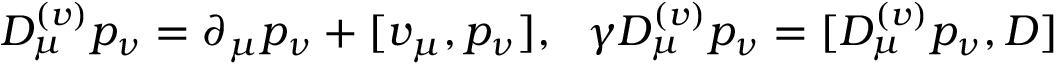
{ \cal D } _ { \mu } ^ { ( v ) } p _ { \nu } = \partial _ { \mu } p _ { \nu } + [ v _ { \mu } , p _ { \nu } ] , \ \ \gamma { \cal D } _ { \mu } ^ { ( v ) } p _ { \nu } = [ { \cal D } _ { \mu } ^ { ( v ) } p _ { \nu } , D ]